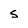
Character: s